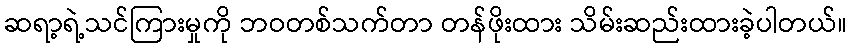
ဆရာ့ရဲ့သင်ကြားမှုကို ဘဝတစ်သက်တာ တန်ဖိုးထား သိမ်းဆည်းထားခဲ့ပါတယ်။